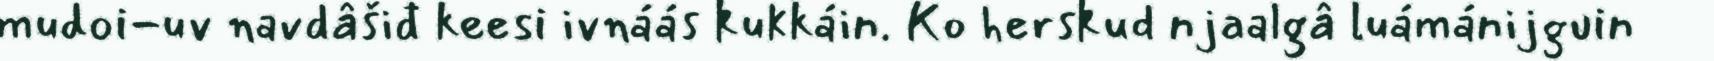
mudoi-uv navdâšiđ keesi ivnáás kukkáin. Ko herskud njaalgâ luámánijguin